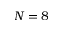
N = 8